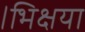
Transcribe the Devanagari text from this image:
।भिक्षया